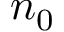
n _ { 0 }